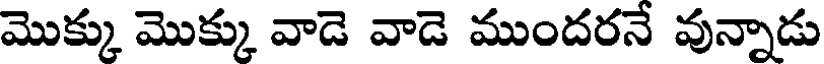
మొక్కు మొక్కు వాడె వాడె ముందరనే వున్నాడు